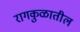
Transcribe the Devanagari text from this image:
रागकुळातील